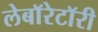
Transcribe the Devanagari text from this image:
लेबाॅरेटाॅरी